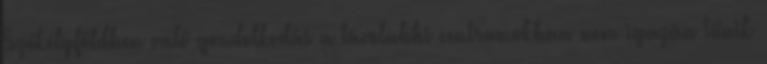
Székelyföldben való gondolkodás a távolabbi centrumokban nem igazán tűnik